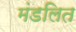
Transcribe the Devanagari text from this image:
मंडलित